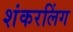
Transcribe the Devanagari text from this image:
शंकरलिंग